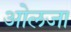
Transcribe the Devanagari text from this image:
ओलजा